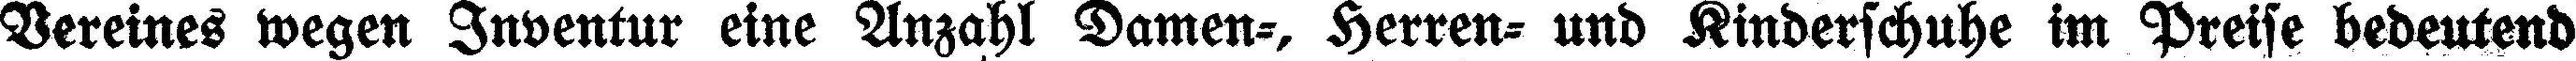
Vereines wegen Inventur eine Anzahl Damen=, Herren= und Kinderschuhe im Preise bedeutend